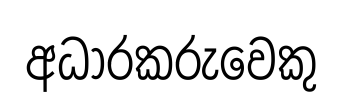
අධාරකරුවෙකු